Annual report on the Civil Veterinary Department, Burma (including the Insein Veterinary School) - 1932-1941
Year: 1932
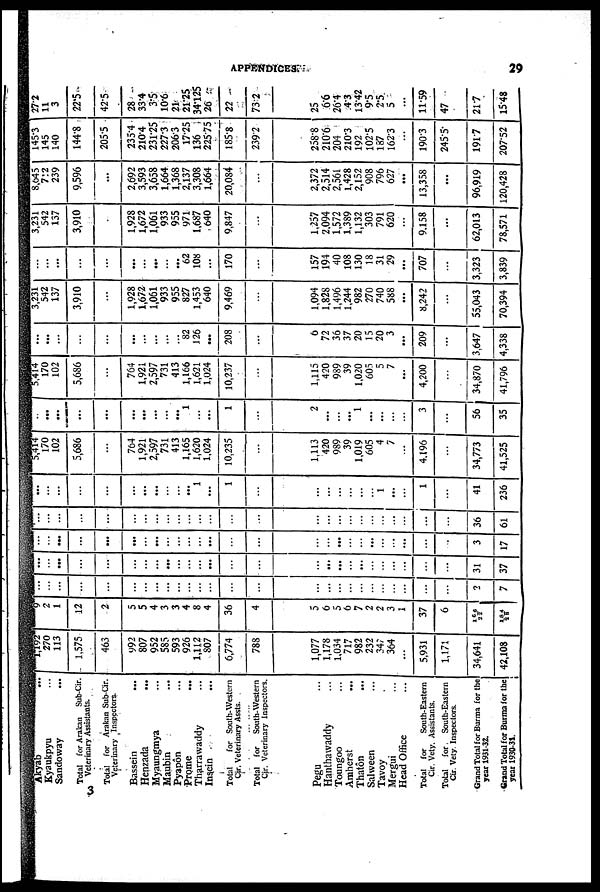
APPENDICES.
29
Akyab ...
Kyaukpyu ...
Sandoway ...
Total for Arakan Sub-Cir.
Veterinary Assistants.
Total for Arakan Sub-Cir.
Veterinary Inspectors.
Bassein ...
Henzada ...
Myaungmya ...
Maubin ...
Pyapôn ...
Prome ...
Tharrawaddy ...
Insein ...
Total
for South-Western
Cir. Veterinary Assts.
Total for
South-Western
Cir. Veterinary Inspectors.
Pegu
Hanthawaddy ...
Toungoo ...
Amherst ...
Thatôn ...
Salween ...
Tavoy .
Mergui ...
Head Office
Total for
South-Eastern
Cir Vety. Assistants.
Total for
South-Eastern
Cir. Vety. Inspectors.
Grand Total for Burma for the
year 1931-32.
Grand Total for Burma for the
year 1930-31.
1,192
270
113
1,575
463
992
807
952
585
593
926
1,112
807
6,774
788
1,077
1,178
1,034
717
982
232
347
364
5,931
1,171
34,641
42,108
9
2 1
12
2
5
5
4
3
3
4
8
4
36
4
5
6
5
6
7
2
2
3
1
37
6
166/22
184/26
...
...
...
...
...
...
...
...
...
...
...
...
...
...
...
...
...
...
...
...
...
...
...
...
...
...
2
7
...
...
...
...
...
...
...
...
...
...
...
...
...
...
...
...
...
...
...
...
...
...
...
...
...
...
31
37
...
...
...
...
...
...
...
...
...
...
...
...
...
...
...
...
...
...
...
...
...
...
...
...
...
...
3
17
...
...
...
...
...
...
...
...
...
...
...
...
...
...
...
...
...
...
...
...
...
...
...
...
...
36
61
...
...
...
...
...
...
...
...
...
...
...
1
...
1
...
...
...
...
...
...
...
1
...
...
1
...
41
236
5,414
170
102
5,686
...
764
1,921
2,597
731
413
1,165
1,620
1,024
10,235
...
1,113
420
989
39
1,019
605
4
7
...
4,196
...
34,773
41,525
...
...
...
...
...
...
...
...
...
...
1
...
1
...
2
...
...
...
1
...
...
...
...
3
...
56
35
5,414
170
102
5,686
...
764
1,921
2,597
731
413
1,166
1,621
1,024
10,237
...
1,115
420
989
39
1,020
605
5
7
...
4,200
...
34,870
41,796
...
...
...
...
...
...
...
...
...
...
82
126
...
208
...
6
72
36
37
20
15
20
3
...
209
...
3,647
4,338
3,231
542
137
3,910
...
1,928
1,672
1,061
933
955
827
1,453
640
9,469
...
1,094
1,828
1,496
1,244
982
270
740
588
...
8,242
...
55,043
70,394
...
...
...
...
...
...
...
...
...
...
62
108
...
170
...
157
194
40
108
130
18
31
29
...
707
...
3,323
3,839
3,231
542
137
3,910
...
1,928
1,672
1,061
933
955
971
1,687
640
9,847
...
1,257
2,094
1,572
1,389
1,132
303
791
620
...
9,158
...
62,013
78,571
8,045
7.2
239
9,596
...
2,692
3,593
3,658
1,664
1,368
2,137
3,308
1,664
20,084
...
2,372
2,514
2,561
1,428
2,152
908
796
627
...
13,358
...
96,919
120,428
145.3
145
140
144.8
205.5
235.4
2104
231.25
227.3
2063
17.25
136
22575
1858
2392
2588
2106
204
2103
192
1025
187
1623
...
190.3
245.5
1917
20752
272
11
3
22.5
42.5
28
334
3.5
10.6
21
21.25
34.125
26
22
73.2
25
6.6
26.4
4.3
1342
9.5
2.5
5
...
11.59
47
217
15.48
3